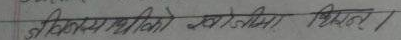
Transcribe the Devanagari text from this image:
जीवित व्यक्तिमाथि जो कोही विश्वास